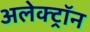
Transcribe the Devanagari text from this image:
अलेक्ट्रॉन